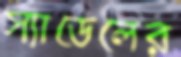
স্যাডেলের